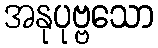
အနုပုဗ္ဗသော